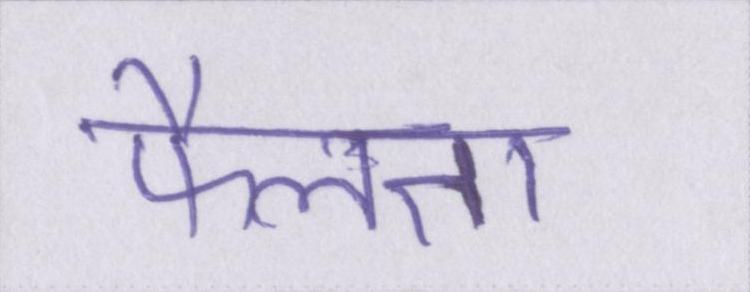
फैलता